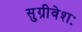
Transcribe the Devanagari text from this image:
सुग्रीवेशः